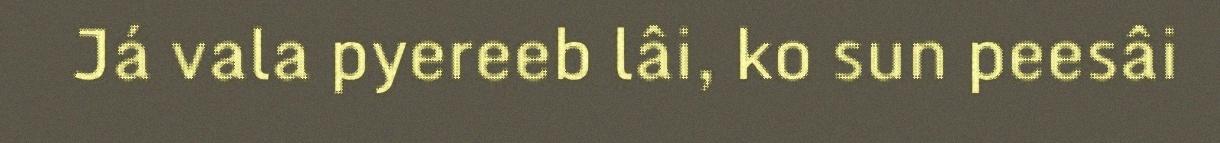
Já vala pyereeb lâi, ko sun peesâi